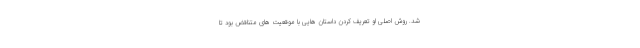
شد. روش اصلی او تعریف کردن داستان هایی با موقعیت های متناقض بود تا